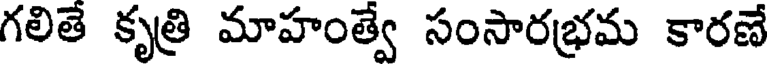
గలితే కృత్రి మాహంత్వే సంసారభ్రమ కారణే